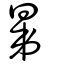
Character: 晜